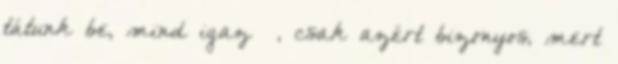
tátunk be, mind igaz –, csak azért bizonyos, mert